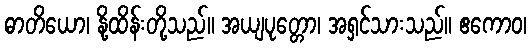
ဓာတိယော၊ နို့ထိန်းတို့သည်။ အယျပုတ္တော၊ အရှင်သားသည်။ ဧကောဝ၊